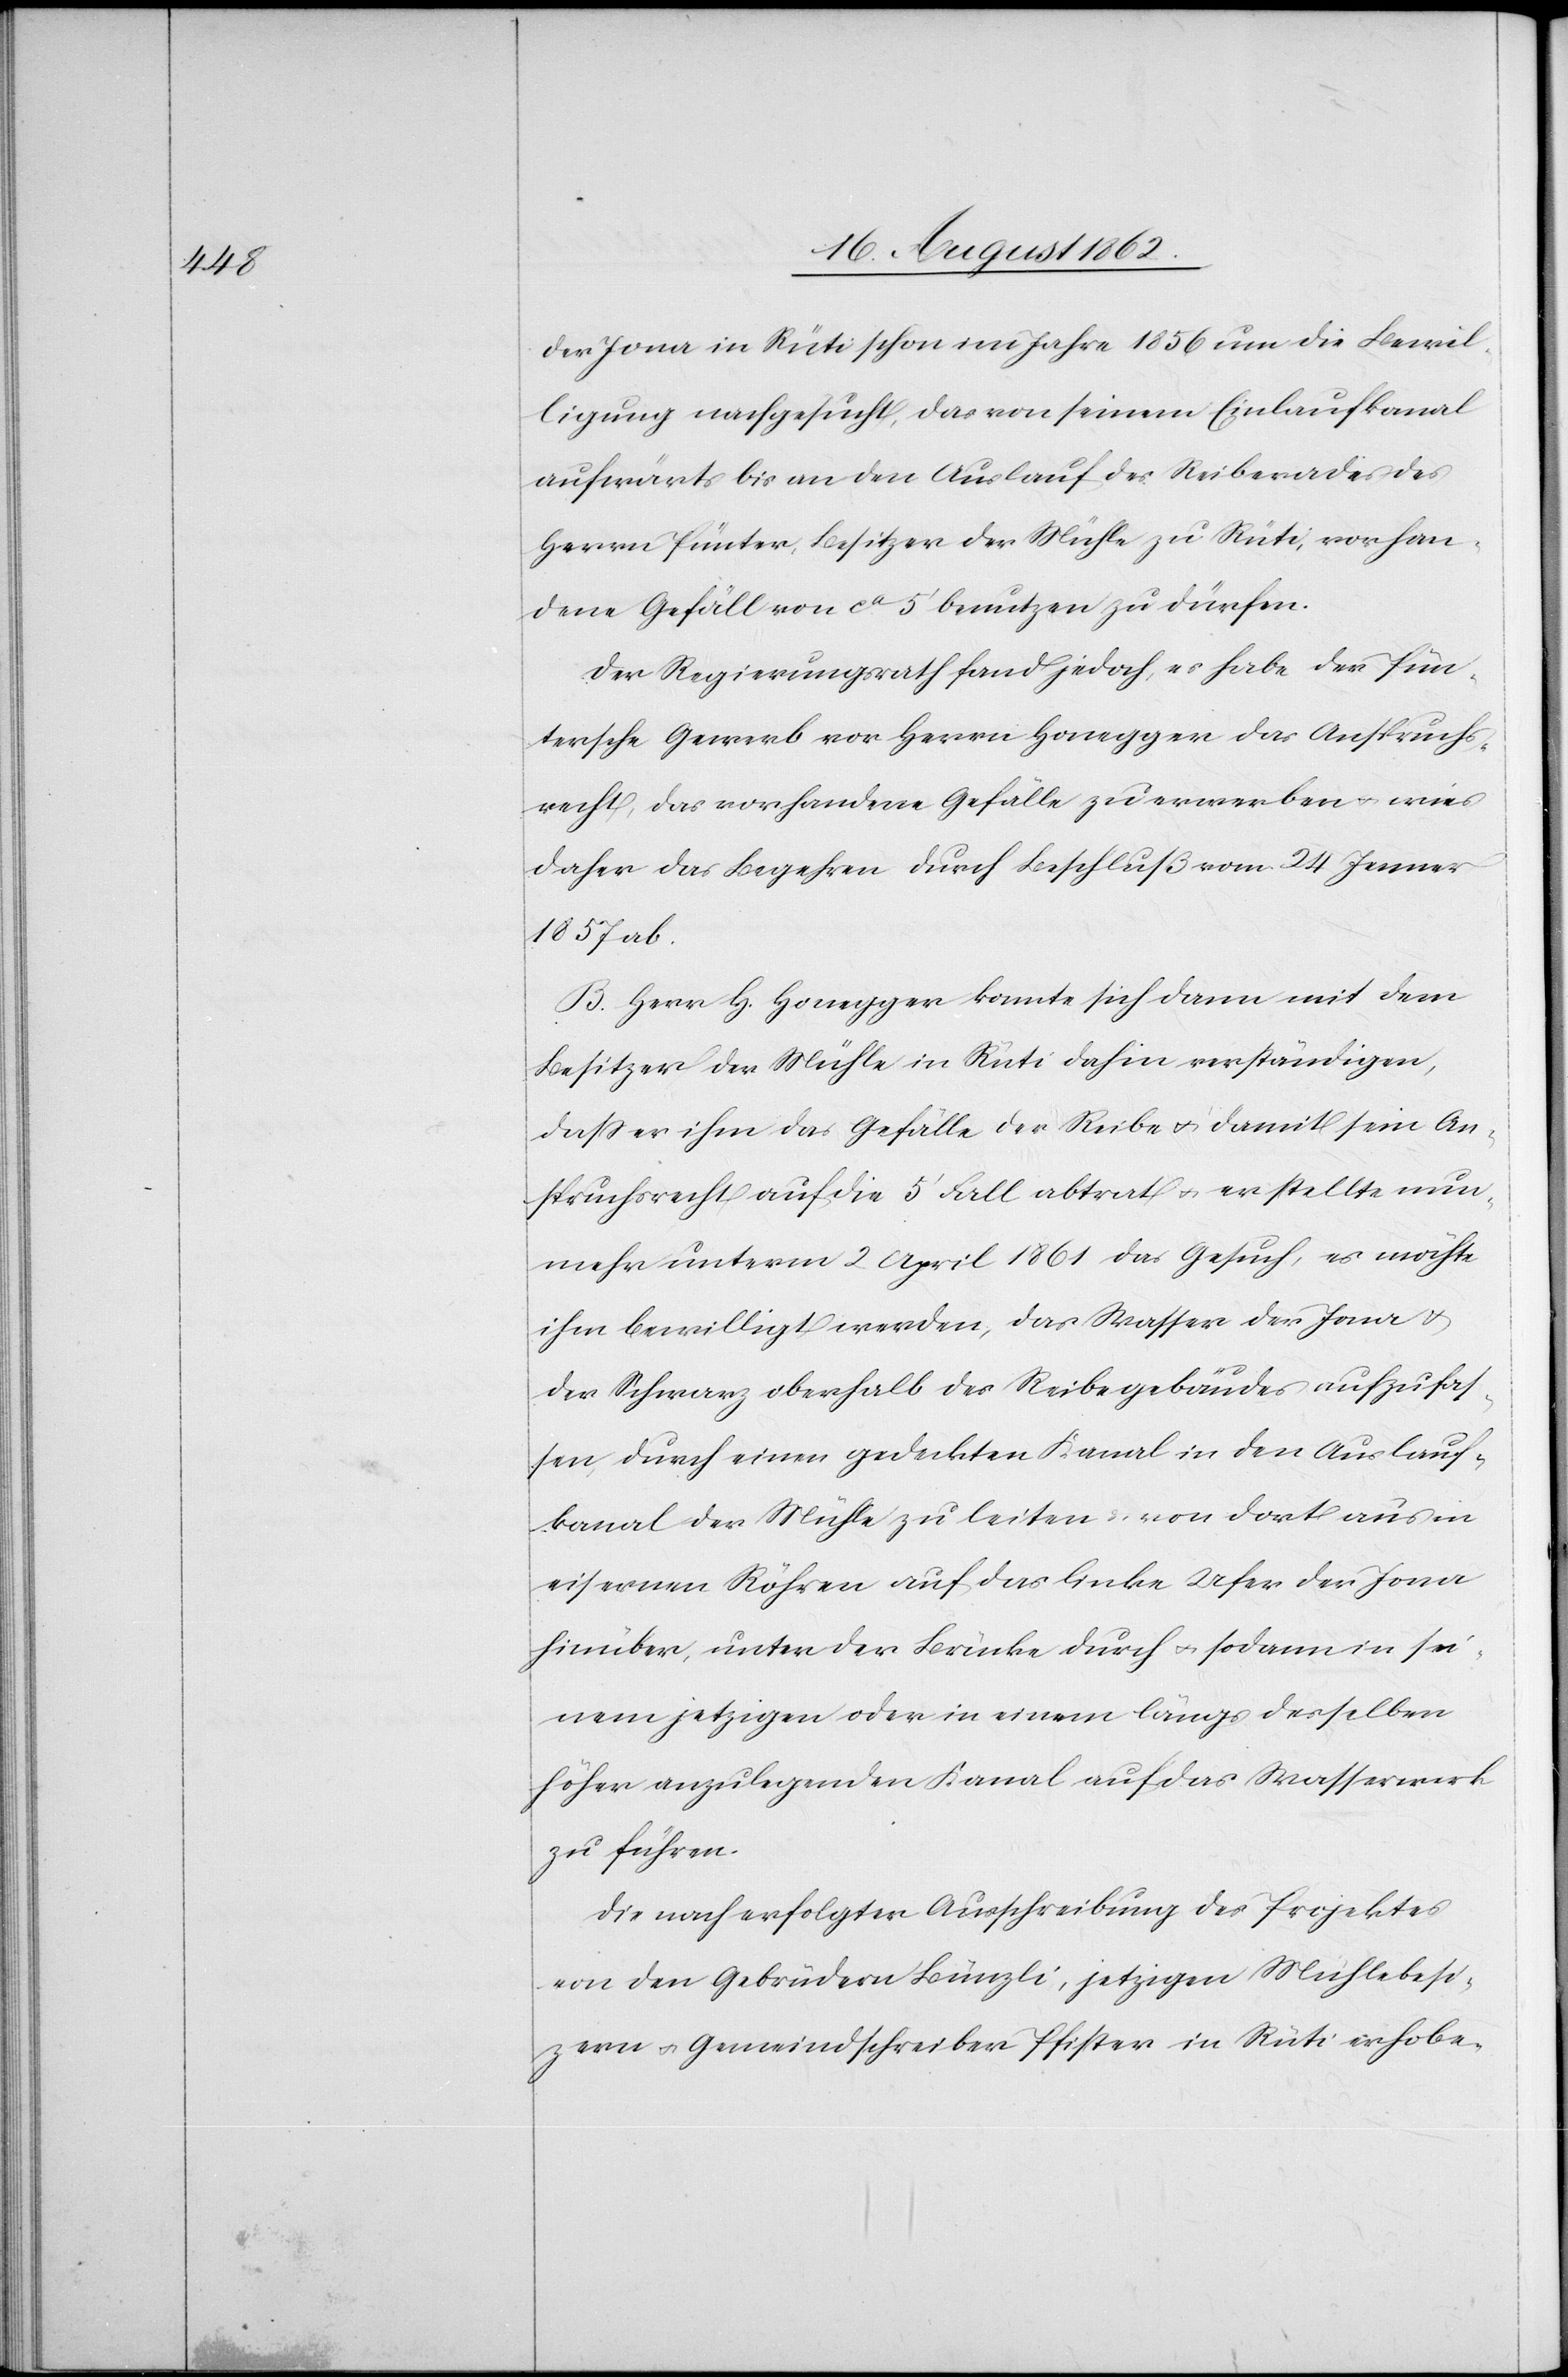
der Jona in Rüti schon im Jahre 1856 um die Bewil¬
ligung nachgesucht, das von seinem Einlaufkanal
aufwärts bis an den Auslauf des Reiberades des
Herrn Pünter, Besitzer der Mühle zu Rüti, vorhan¬
dene Gefäll von ca 5’ benutzen zu dürfen.
Der Regierungsrath fand jedoch, es habe der Pün¬
tersche Gewerb vor Herrn Honegger das Anspruchs¬
recht, das vorhandene Gefälle zu erwerben u. wies
daher das Begehren durch Beschluß vom 24. Jenner
1857 ab.
B. Herr H. Honegger konnte sich dann mit dem
Besitzer der Mühle in Rüti dahin verständigen,
daß er ihm das Gefälle der Reibe u. damit sein An¬
spruchsrecht auf die 5’ Fall abtrat u. er stellte nun¬
mehr unterm 2. April 1861 das Gesuch, es möchte
ihm bewilligt werden, das Wasser der Jona u.
der Schwarz oberhalb des Reibegebäudes aufzufas¬
sen, durch einen gedeckten Kanal in den Auslauf¬
kanal der Mühle zu leiten u. von dort aus in
eisernen Röhren auf das linke Ufer der Jona
hinüber, unter der Brücke durch u. sodann in sei¬
nem jetzigen oder in einem längs derselben
höher anzulegenden Kanal auf das Wasserwerk
zu führen.
Die nach erfolgter Ausschreibung des Projektes
von den Gebrüdern Bünzli, jetzigen Mühlebesit¬
zern u. Gemeindschreiber Pfister in Rüti erhobe-